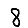
Digit: 8